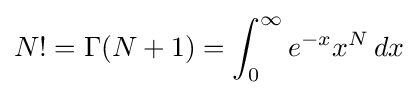
N!=\Gamma (N+1)=\int _{0}^{\infty }e^{-x}x^{N}\,dx